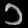
Digit: ၁